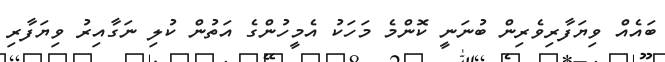
ބައެއް ވިޔަފާރިވެރިން ބުނަނީ ކޮންމެ މަހަކު އެމީހުންގެ އަތުން ކުލި ނަގާއިރު ވިޔަފާރި